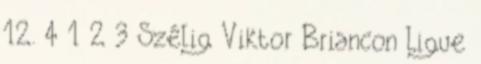
12. 4 1 2 3 Szélig Viktor Briancon Ligue